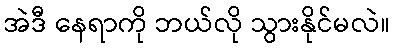
အဲဒီ နေရာကို ဘယ်လို သွားနိုင်မလဲ။